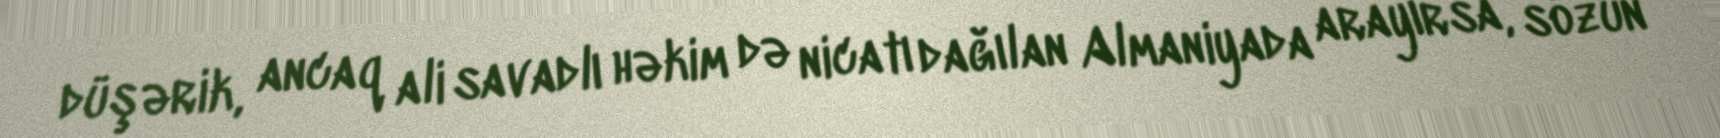
düşərik, ancaq ali savadlı həkim də nicatı dağılan Almaniyada arayırsa, sözün